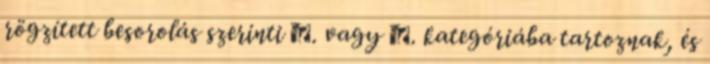
rögzített besorolás szerinti Ⅴ. vagy Ⅵ. kategóriába tartoznak, és